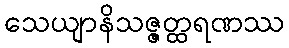
သေယျာနိသဇ္ဇတ္ထရဏဿ